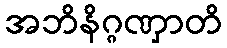
အဘိနိဂ္ဂဏှာတိ